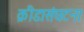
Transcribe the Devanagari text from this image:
क्रीडासंघटना